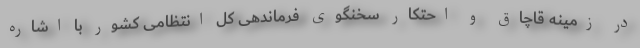
در زمینه قاچاق و احتکار سخنگوی فرماندهی کل انتظامی کشور با اشاره